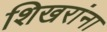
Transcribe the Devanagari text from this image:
शिखरांना